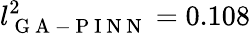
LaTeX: l_{\mathrm{~G~A~-~P~I~N~N~}}^{2}=0.108